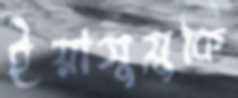
ইয়াসুয়ুকি